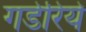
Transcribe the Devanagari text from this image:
गडेरिये